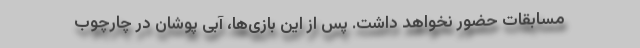
مسابقات حضور نخواهد داشت. پس از این بازی‌ها، آبی پوشان در چارچوب